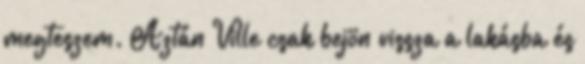
megteszem. Aztán Ville csak bejön vissza a lakásba és